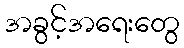
အခွင့်အရေးတွေ